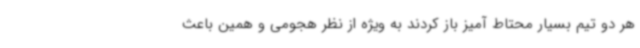
هر دو تیم بسیار محتاط آمیز باز کردند به ویژه از نظر هجومی و همین باعث